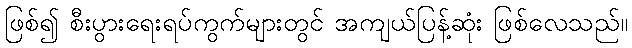
ဖြစ်၍ စီးပွားရေးရပ်ကွက်များတွင် အကျယ်ပြန့်ဆုံး ဖြစ်လေသည်။